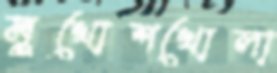
মুখোশখোলা